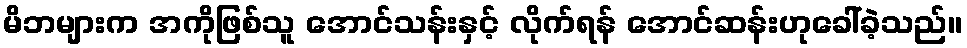
မိဘများက အကိုဖြစ်သူ အောင်သန်းနှင့် လိုက်ရန် အောင်ဆန်းဟုခေါ်ခဲ့သည်။